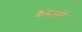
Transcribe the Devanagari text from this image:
शासनमें